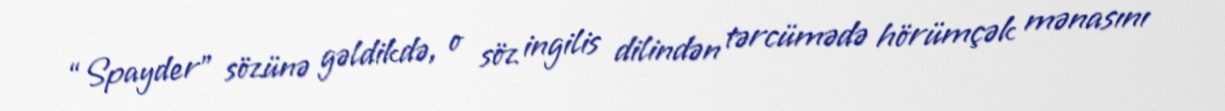
“Spayder” sözünə gəldikdə, o söz ingilis dilindən tərcümədə hörümçək mənasını